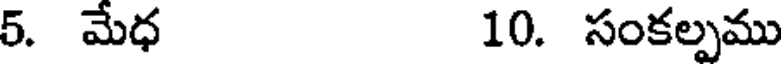
5. మేధ 10. సంకల్పము